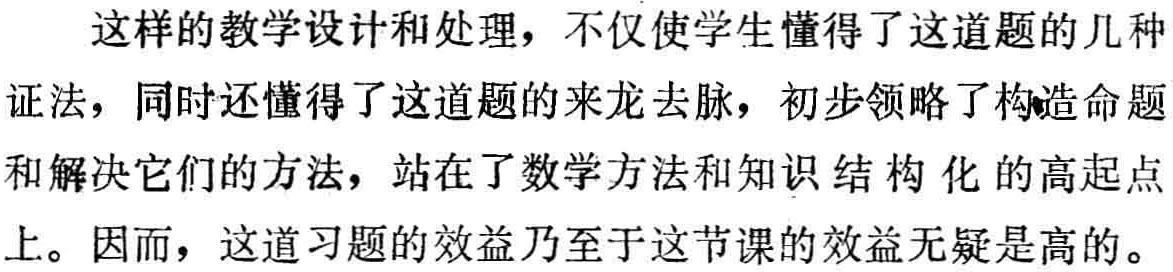
这样的教学设计和处理，不仅使学生懂得了这道题的几种证法，同时还懂得了这道题的来龙去脉，初步领略了构造命题和解决它们的方法，站在了数学方法和知识结构化的高起点上。因而，这道习题的效益乃至于这节课的效益无疑是高的。